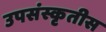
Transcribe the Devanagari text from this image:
उपसंस्कृतीस